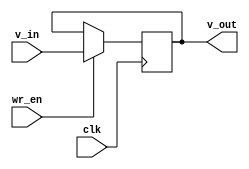


module Reg_32bit(clk, wr_en, v_in, v_out);

input wire [0:0] clk, wr_en;
input wire [31:0] v_in;
output wire[31:0] v_out;

reg [31:0] internal_reg = 32'b0;


always @(posedge clk) begin

if(wr_en) internal_reg = v_in;

end

assign v_out = internal_reg;

endmodule